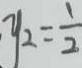
y _ { 2 } = \frac { 1 } { 2 }